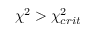
\chi ^ { 2 } > \chi _ { c r i t } ^ { 2 }